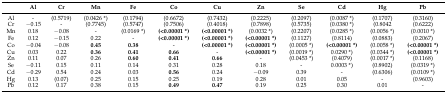
<table><thead><tr><td></td><td><b>Al</b></td><td><b>Cr</b></td><td><b>Mn</b></td><td><b>Fe</b></td><td><b>Co</b></td><td><b>Cu</b></td><td><b>Zn</b></td><td><b>Se</b></td><td><b>Cd</b></td><td><b>Hg</b></td><td><b>Pb</b></td></tr></thead><tbody><tr><td>Al</td><td>-</td><td>(0.5719)</td><td>(0.0426 *)</td><td>(0.1794)</td><td>(0.6672)</td><td>(0.7432)</td><td>(0.2225)</td><td>(0.2097)</td><td>(0.0087 *)</td><td>(0.1707)</td><td>(0.3160)</td></tr><tr><td>Cr</td><td>−0.15</td><td>-</td><td>(0.7745)</td><td>(0.5747)</td><td>(0.7506)</td><td>(0.4018)</td><td>(0.7898)</td><td>(0.5735)</td><td>(0.0380 *)</td><td>(0.8042</td><td>(0.6222)</td></tr><tr><td>Mn</td><td>0.18</td><td>−0.08</td><td>-</td><td>(0.0169 *)</td><td><b>(&lt;0.00001 *)</b></td><td><b>(&lt;0.00001 *)</b></td><td>(0.0032 *)</td><td>(0.2207)</td><td>(0.0285 *)</td><td>(0.0056 *)</td><td>(0.0010 *)</td></tr><tr><td>Fe</td><td>0.12</td><td>−0.15</td><td>0.22</td><td>-</td><td><b>(&lt;0.00001 *)</b></td><td><b>(&lt;0.00001 *)</b></td><td><b>(&lt;0.00001 *)</b></td><td>(0.1127)</td><td>(0.8114)</td><td>(0.0883)</td><td>(0.2067)</td></tr><tr><td>Co</td><td>−0.04</td><td>−0.08</td><td><b>0.45</b></td><td><b>0.38</b></td><td>-</td><td><b>(&lt;0.00001 *)</b></td><td><b>(&lt;0.00001 *)</b></td><td>(0.0005 *)</td><td><b>(&lt;0.00001 *)</b></td><td>(0.0058 *)</td><td><b>(&lt;0.00001 *)</b></td></tr><tr><td>Cu</td><td>0.03</td><td>0.22</td><td><b>0.36</b></td><td><b>0.41</b></td><td><b>0.66</b></td><td>-</td><td><b>(&lt;0.00001 *)</b></td><td>(0.0019 *)</td><td>0.0290 *)</td><td>(0.0344 *)</td><td><b>(&lt;0.00001 *)</b></td></tr><tr><td>Zn</td><td>0.11</td><td>0.07</td><td>0.26</td><td><b>0.60</b></td><td><b>0.41</b></td><td><b>0.66</b></td><td>-</td><td>(0.0453 *)</td><td>(0.4079)</td><td>(0.0017 *)</td><td>(0.1168)</td></tr><tr><td>Se</td><td>−0.11</td><td>0.15</td><td>0.11</td><td>0.14</td><td>0.31</td><td>0.28</td><td>0.18</td><td>-</td><td>0.0003 *)</td><td>(0.8902)</td><td>(0.0319 *)</td></tr><tr><td>Cd</td><td>−0.29</td><td>0.54</td><td>0.24</td><td>0.03</td><td><b>0.56</b></td><td>0.24</td><td>−0.09</td><td>0.39</td><td>-</td><td>(0.6306)</td><td>(0.0109 *)</td></tr><tr><td>Hg</td><td>0.13</td><td>(0.07)</td><td>0.25</td><td>0.15</td><td>0.25</td><td>0.19</td><td>0.28</td><td>0.01</td><td>0.05</td><td>-</td><td>(0.9603)</td></tr><tr><td>Pb</td><td>0.12</td><td>0.17</td><td>0.38</td><td>0.15</td><td><b>0.49</b></td><td><b>0.47</b></td><td>0.19</td><td>0.25</td><td>0.30</td><td>0.01</td><td>-</td></tr></tbody></table>